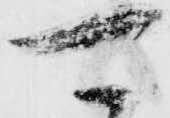
可